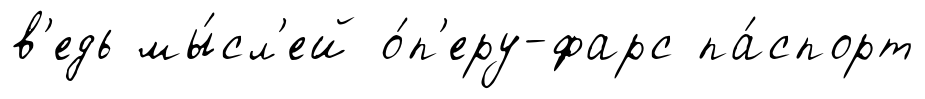
в'едь мы́сл'ей о́п'еру-фарс па́спорт